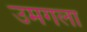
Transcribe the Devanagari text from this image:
उमगला